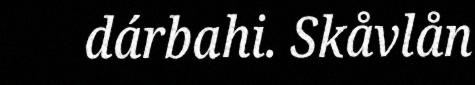
dárbahi. Skåvlån